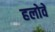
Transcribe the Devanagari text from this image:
हलोवे